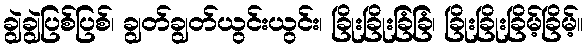
ချွဲချွဲပြစ်ပြစ်၊ ချွတ်ချွတ်ယွင်းယွင်း၊ ခြိုးခြိုးခြံခြံ၊ ခြိုးခြိုးခြိမ့်ခြိမ့်။